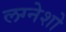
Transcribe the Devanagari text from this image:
लग्नेशो